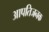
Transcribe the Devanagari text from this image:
आपतिजनक